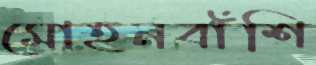
মোহনবাঁশি